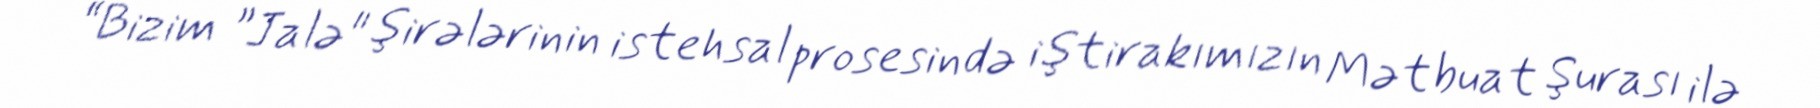
“Bizim ”Jalə" şirələrinin istehsal prosesində iştirakımızın Mətbuat Şurası ilə